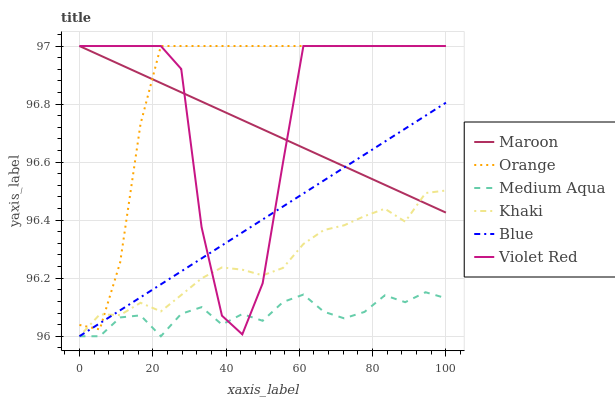
| xaxis_label | Maroon | Orange | Medium Aqua | Khaki | Blue | Violet Red |
 | --- | --- | --- | --- | --- | --- | --- |
 | 0 | 97 | 96 | 96 | 96 | 96 | 97 |
 | 5.56 | 97 | 96 | 96 | 96.1 | 96 | 97 |
 | 11.1 | 96.9 | 96.3 | 96.1 | 96.1 | 96.1 | 97 |
 | 16.7 | 96.9 | 96.7 | 96.1 | 96.1 | 96.1 | 97 |
 | 22.2 | 96.9 | 97 | 96 | 96.1 | 96.2 | 97 |
 | 27.8 | 96.8 | 97 | 96.1 | 96.1 | 96.2 | 96.9 |
 | 33.3 | 96.8 | 97 | 96.1 | 96.2 | 96.3 | 96.4 |
 | 38.9 | 96.8 | 97 | 96 | 96.2 | 96.3 | 96.1 |
 | 44.4 | 96.7 | 97 | 96.1 | 96.2 | 96.4 | 96 |
 | 50 | 96.7 | 97 | 96.1 | 96.2 | 96.4 | 96.2 |
 | 55.6 | 96.7 | 97 | 96.1 | 96.2 | 96.4 | 96.6 |
 | 61.1 | 96.6 | 97 | 96.1 | 96.3 | 96.5 | 97 |
 | 66.7 | 96.6 | 97 | 96.1 | 96.4 | 96.5 | 97 |
 | 72.2 | 96.6 | 97 | 96.1 | 96.4 | 96.6 | 97 |
 | 77.8 | 96.6 | 97 | 96.1 | 96.4 | 96.6 | 97 |
 | 83.3 | 96.5 | 97 | 96.1 | 96.4 | 96.7 | 97 |
 | 88.9 | 96.5 | 97 | 96.1 | 96.4 | 96.7 | 97 |
 | 94.4 | 96.5 | 97 | 96.2 | 96.5 | 96.8 | 97 |
 | 100 | 96.4 | 97 | 96.1 | 96.5 | 96.8 | 97 |